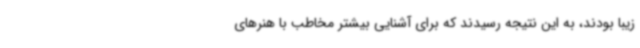
زیبا بودند، به این نتیجه رسیدند که برای آشنایی بیشتر مخاطب با هنرهای